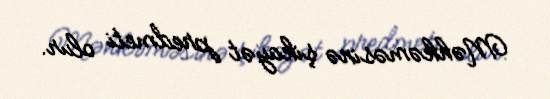
Məhkəməsinə şikayət predmeti olur.